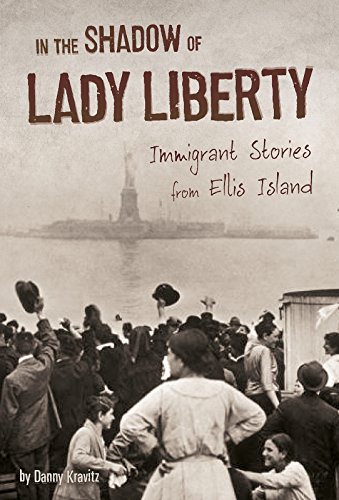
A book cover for In the Shadow of Lady Liberty: Immigrant Stories from Ellis Island (U.S. Immigration in the 1900s); Danny Kravitz; Children's Books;